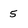
Character: 5